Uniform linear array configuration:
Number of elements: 48
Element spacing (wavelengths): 0.75
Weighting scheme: hamming
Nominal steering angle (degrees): -60
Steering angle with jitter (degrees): -58.697
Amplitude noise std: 0.05
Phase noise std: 0.05

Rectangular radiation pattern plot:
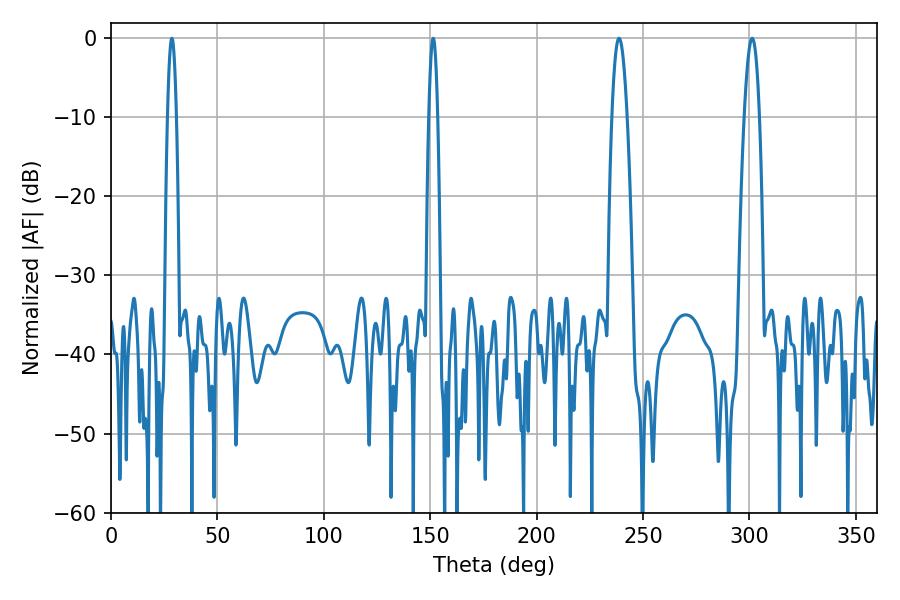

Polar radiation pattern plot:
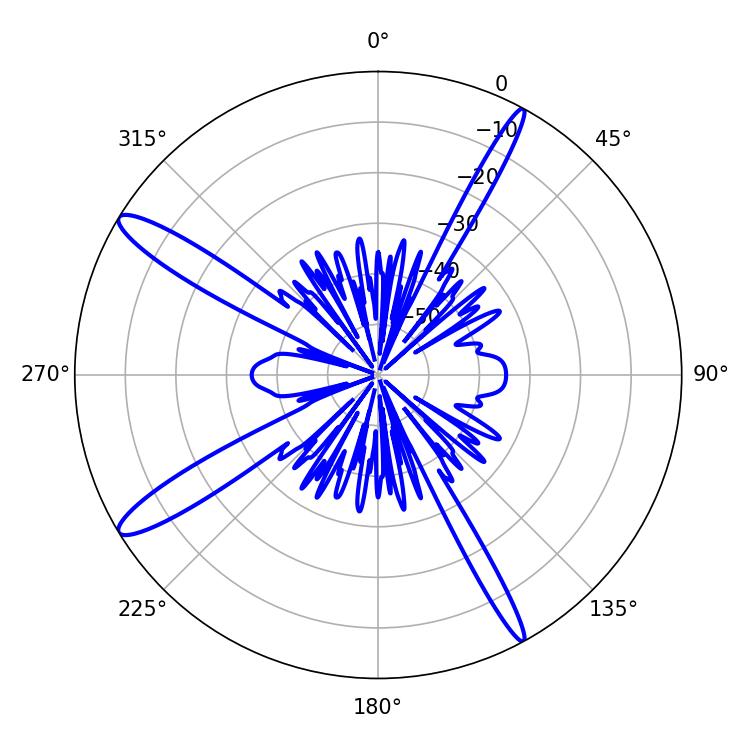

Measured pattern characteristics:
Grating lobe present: TRUE
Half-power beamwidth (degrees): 2.16
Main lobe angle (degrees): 28.62